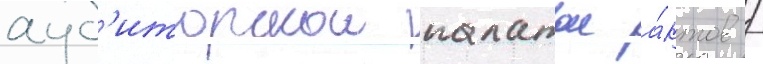
ауд'иторскои палатои а́ктов /